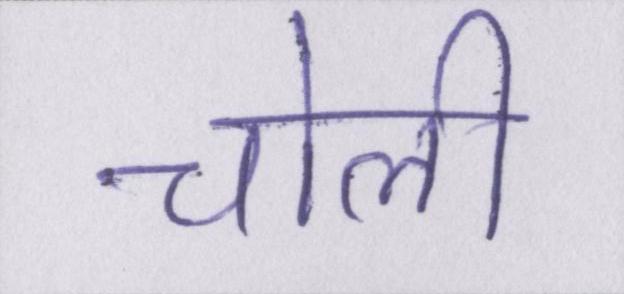
चोली